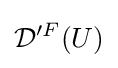
{\mathcal {D}}'^{F}(U)